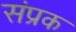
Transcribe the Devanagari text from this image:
संप्रक